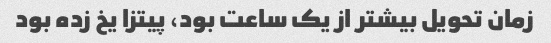
زمان تحویل بیشتر از یک ساعت بود، پیتزا یخ زده بود